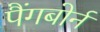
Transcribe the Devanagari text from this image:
पैंगबोर्न